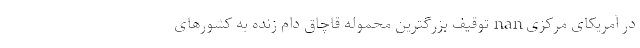
در آمریکای مرکزی nan توقیف بزرگترین محموله قاچاق دام زنده به کشورهای